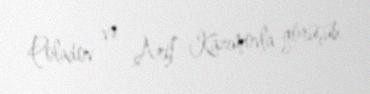
Poladov və Arif Kazımovla görüşüb.